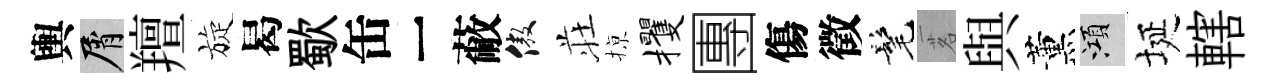
輿屑羶旋曷歜缶一蔽傲荘𢱊攫團傷徵髦茗與薰澒埏轄